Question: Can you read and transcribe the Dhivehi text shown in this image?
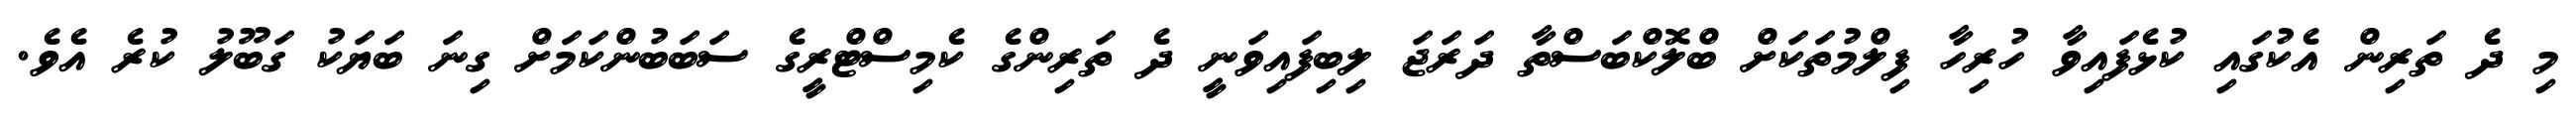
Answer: މި ދެ ތަރިން އެކުގައި ކުޅެފައިވާ ހުރިހާ ފިލްމުތަކަށް ބްލޮކްބަސްތާ ދަރަޖަ ލިބިފައިވަނީ ދެ ތަރިންގެ ކެމިސްޓްރީގެ ސަބަބުންކަމަށް ގިނަ ބަޔަކު ގަބޫލު ކުރެ އެވެ.